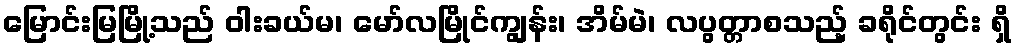
မြောင်းမြမြို့သည် ဝါးခယ်မ၊ မော်လမြိုင်ကျွန်း၊ အိမ်မဲ၊ လပွတ္တာစသည့် ခရိုင်တွင်း ရှိ